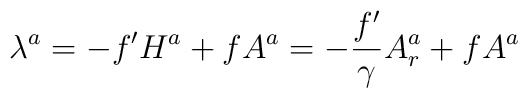
\lambda^a = -f' H^a + f A^a = -{f'\over \gamma}A^a_r + f A^a